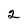
Character: 2